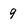
Character: 9